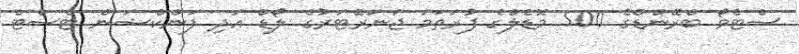
ސްޓެވޯ ބްރޭންޑްގެ 500 މޮޑެލްގެ ފުރަތަމަ ޖަނަރޭޓަރުގެ ލޯޑް އަދި ފަންކްޝަން ޓެސްޓް